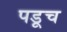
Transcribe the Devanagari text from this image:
पडूच